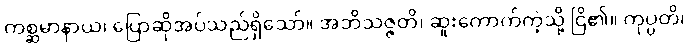
ကစ္ဆမာနာယ၊ ပြောဆိုအပ်သည်ရှိသော်။ အဘိသဇ္ဇတိ၊ ဆူးကောက်ကဲ့သို့ ငြိ၏။ ကုပ္ပတိ၊